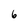
Character: 6